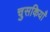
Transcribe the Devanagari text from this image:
चुसकियाँ